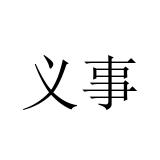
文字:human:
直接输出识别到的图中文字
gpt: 义事